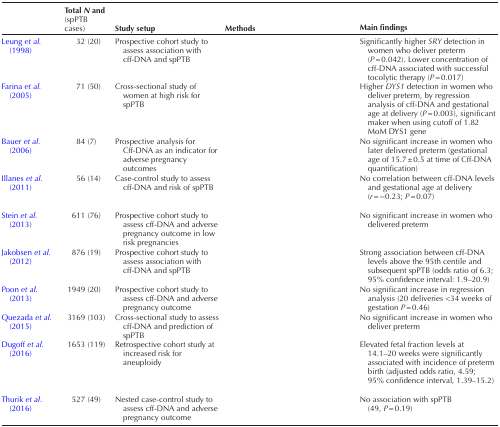
<table><thead><tr><td>[EMPTY_CELL]</td><td><b>Total <i>N</i> and (spPTB cases)</b></td><td><b>Study setup</b></td><td><b>Methods</b></td><td><b>Main findings</b></td></tr></thead><tbody><tr><td>Leung <i>et al.</i> (1998)</td><td>32 (20)</td><td>Prospective cohort study to assess association with cff-DNA and spPTB</td><td>[EMPTY_CELL]</td><td>Significantly higher <i>SRY</i> detection in women who deliver preterm (<i>P</i> = 0.042). Lower concentration of cff-DNA associated with successful tocolytic therapy (<i>P</i> = 0.017)</td></tr><tr><td>Farina <i>et al.</i> (2005)</td><td>71 (50)</td><td>Cross-sectional study of women at high risk for spPTB</td><td>[EMPTY_CELL]</td><td>Higher <i>DYS1</i> detection in women who deliver preterm, by regression analysis of cff-DNA and gestational age at delivery (<i>P</i> = 0.003), significant maker when using cutoff of 1.82 MoM DYS1 gene</td></tr><tr><td>Bauer <i>et al.</i> (2006)</td><td>84 (7)</td><td>Prospective analysis for Cff-DNA as an indicator for adverse pregnancy outcomes</td><td>[EMPTY_CELL]</td><td>No significant increase in women who later delivered preterm (gestational age of 15.7 ± 0.5 at time of Cff-DNA quantification)</td></tr><tr><td>Illanes <i>et al.</i> (2011)</td><td>56 (14)</td><td>Case-control study to assess cff-DNA and risk of spPTB</td><td>[EMPTY_CELL]</td><td>No correlation between cff-DNA levels and gestational age at delivery (<i>r</i> = −0.23; <i>P</i> = 0.07)</td></tr><tr><td>Stein <i>et al</i>. (2013)</td><td>611 (76)</td><td>Prospective cohort study to assess cff-DNA and adverse pregnancy outcome in low risk pregnancies</td><td>[EMPTY_CELL]</td><td>No significant increase in women who delivered preterm</td></tr><tr><td>Jakobsen <i>et al.</i> (2012)</td><td>876 (19)</td><td>Prospective cohort study to assess association with cff-DNA and spPTB</td><td>[EMPTY_CELL]</td><td>Strong association between cff-DNA levels above the 95th centile and subsequent spPTB (odds ratio of 6.3; 95% confidence interval: 1.9–20.9)</td></tr><tr><td>Poon <i>et al.</i> (2013)</td><td>1949 (20)</td><td>Prospective cohort study to assess cff-DNA and adverse pregnancy outcome</td><td>[EMPTY_CELL]</td><td>No significant increase in regression analysis (20 deliveries &lt;34 weeks of gestation <i>P</i> = 0.46)</td></tr><tr><td>Quezada <i>et al.</i> (2015)</td><td>3169 (103)</td><td>Cross-sectional study to assess cff-DNA and prediction of spPTB</td><td>[EMPTY_CELL]</td><td>No significant increase in women who deliver preterm</td></tr><tr><td>Dugoff <i>et al.</i> (2016)</td><td>1653 (119)</td><td>Retrospective cohort study at increased risk for aneuploidy</td><td>[EMPTY_CELL]</td><td>Elevated fetal fraction levels at 14.1–20 weeks were significantly associated with incidence of preterm birth (adjusted odds ratio, 4.59; 95% confidence interval, 1.39–15.2)</td></tr><tr><td>Thurik <i>et al</i>. (2016)</td><td>527 (49)</td><td>Nested case-control study to assess cff-DNA and adverse pregnancy outcome</td><td>[EMPTY_CELL]</td><td>No association with spPTB (49, <i>P</i> = 0.19)</td></tr></tbody></table>